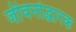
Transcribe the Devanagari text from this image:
जीवनोद्धारक